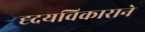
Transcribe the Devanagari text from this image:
ह्दयविकाराने